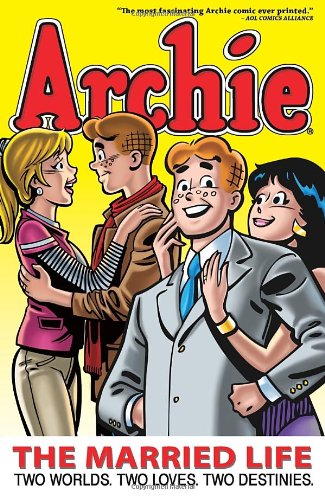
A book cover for Archie: The Married Life Book 1 (The Married Life Series); Michael Uslan; Comics & Graphic Novels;